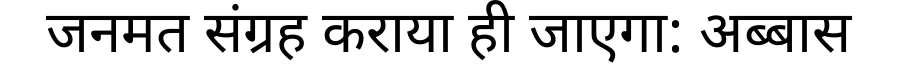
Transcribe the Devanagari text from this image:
जनमत संग्रह कराया ही जाएगा: अब्बास